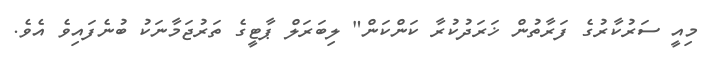
މިއީ ސަރުކާރުގެ ފަރާތުން ޚަރަދުކުރާ ކަންކަން" ލިބަރަލް ޕާޓީގެ ތަރުޖަމާނަކު ބުނެފައިވެ އެވެ.